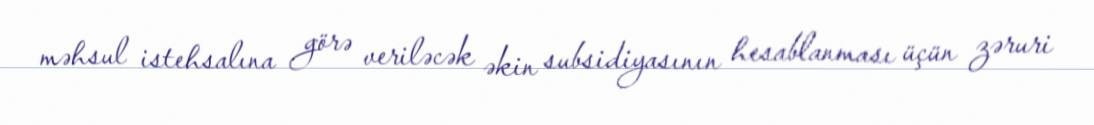
məhsul istehsalına görə veriləcək əkin subsidiyasının hesablanması üçün zəruri